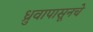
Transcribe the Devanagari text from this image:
ध्रुवापासूनचे